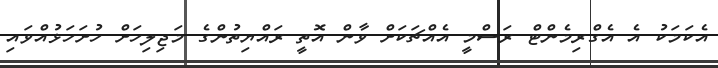
އެކަމަކު އެ އެގްރިމެންޓް ރަސްމީ އެއްޗަކަށް ވާން އޮތީ ރައްޔިތުންގެ މަޖިލިހަށް ހުށަހަޅުއްވައި